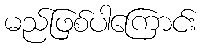
မည်ဖြစ်ပါကြောင်း